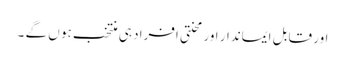
اور قابل ایماندار اور محنتی افراد ہی منتخب ہو ں گے ۔